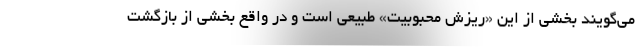
می‌گویند بخشی از این «ریزش محبوبیت» طبیعی است و در واقع بخشی از بازگشت